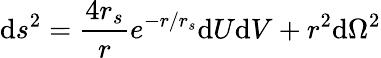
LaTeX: \mathrm{d}s^{2}=\frac{{4r_{s}}}{{r}}e^{-r/r_{s}}\mathrm{d}U\mathrm{d}V+r^{2}\mathrm{d}\Omega^{2}